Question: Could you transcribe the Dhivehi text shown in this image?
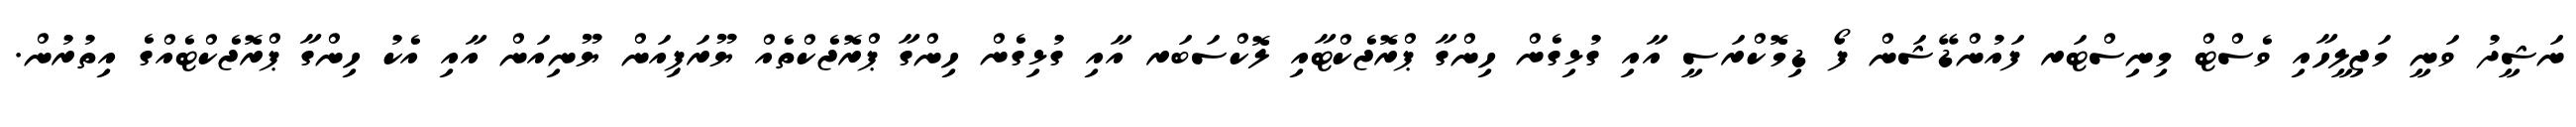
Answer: ނަޝީދު ވަނީ މަޖިލީހާއި ވެސްޓް މިނިސްޓަރ ފައުންޑޭޝަން ފޯ ޑިމޮކްރަސީ އާއި ގުޅިގެން ހިންގާ ޕްރޮޖެކްޓާއި ލޮކްސަބަރ އާއި ގުޅިގެން ހިންގާ ޕްރޮޖެކްތެއް ޔޫރަޕިއަން ޔޫނިއަން އާއި އެކު ހިންގާ ޕްރޮޖެކްޓެއްގެ އިތުރުން.